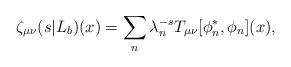
LaTeX: \begin{align*}\zeta_ {\mu\nu}(s|L_b)(x)=\sum_n\lambda_n^{-s}T_ {\mu\nu}[\phi^*_n,\phi_n](x),\end{align*}